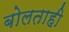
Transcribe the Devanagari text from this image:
बोलताही